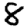
Digit: 8